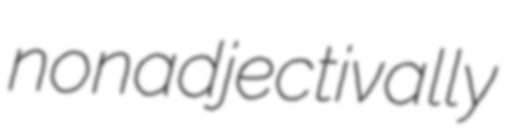
nonadjectivally